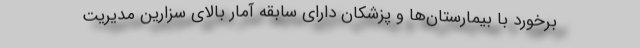
برخورد با بیمارستان‌ها و پزشکان دارای سابقه آمار بالای سزارین مدیریت